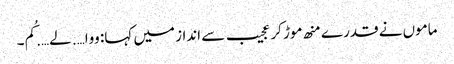
ماموں نے قدرے منھ موڑ کر عجیب سے انداز میں کہا: ووا…. لے…. کُم۔